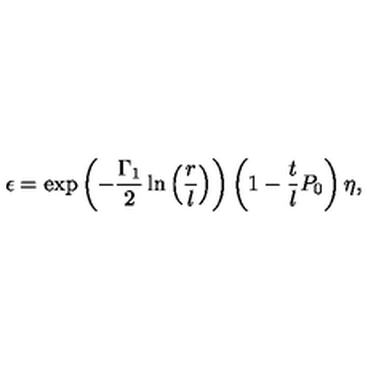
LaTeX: \epsilon = \exp \left( - \frac { \Gamma _ { 1 } } { 2 } \ln \left( \frac { r } { l } \right) \right) \left( 1 - \frac { t } { l } P _ { 0 } \right) \eta ,